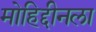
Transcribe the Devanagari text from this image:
मोहिद्दीनला